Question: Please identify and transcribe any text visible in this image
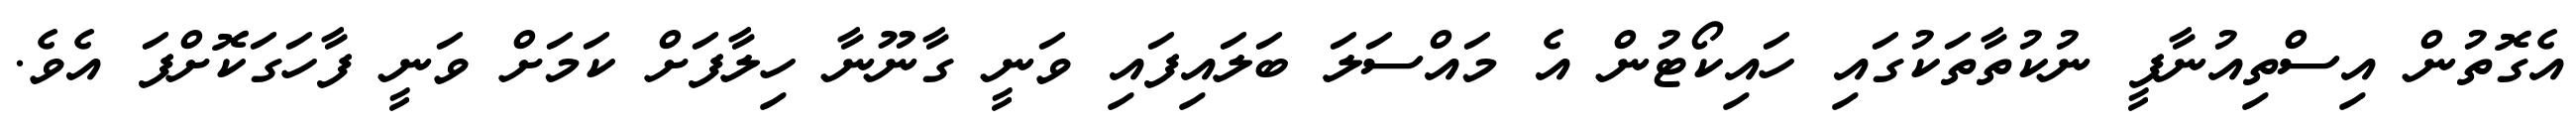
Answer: އެގޮތުން އިސްތިއުނާފީ ނުކުތާތަކުގައި ހައިކޯޓުން އެ މައްސަލަ ބަލައިފައި ވަނީ ގާނޫނާ ހިލާފަށް ކަމަށް ވަނީ ފާހަގަކޮށްފަ އެވެ.